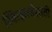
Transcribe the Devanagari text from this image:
स्वित्झर्ल्डंसाठी